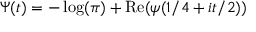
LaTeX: \Psi ( t ) = - \log ( \pi ) + \operatorname { R e } ( \psi ( 1 / 4 + i t / 2 ) )